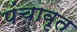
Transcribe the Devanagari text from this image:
पंचावृत